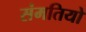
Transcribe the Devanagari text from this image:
संमतियो